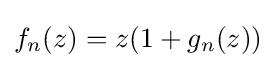
f_{n}(z)=z(1+g_{n}(z))